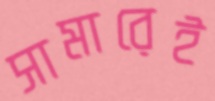
সামারেই